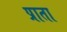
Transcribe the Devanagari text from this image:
प्राता